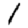
Digit: 1